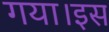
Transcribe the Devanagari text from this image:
गया।इस